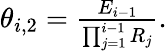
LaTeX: \begin{array}{r}{\theta_{i,2}=\frac{E_{i-1}}{\prod_{j=1}^{i-1}R_{j}}.}\end{array}